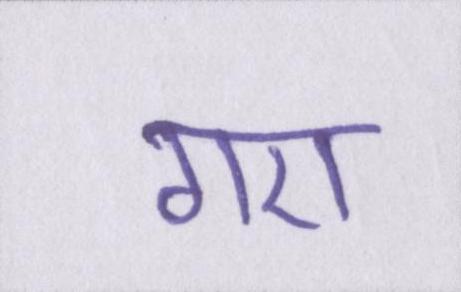
गए